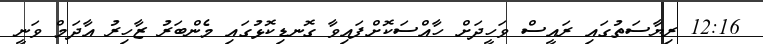
12:16 ރިޔާސަތުގައި ރައީސް ވަހީދަށް ހާއްސަކޮށްފައިވާ ގޮނޑިކޮޅުގައި މެންބަރު ޒާހިރު އާދަމް ވަނީ